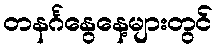
တနင်္ဂနွေနေ့များတွင်